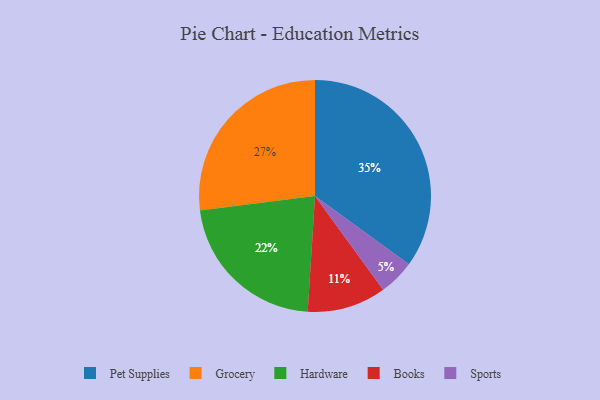
{"axis": {"x": "Category", "y": "Percentage"}, "legend": ["Books", "Grocery", "Hardware", "Pet Supplies", "Sports"], "data": [{"x": "Books", "y": 11, "type": "Books"}, {"x": "Pet Supplies", "y": 35, "type": "Pet Supplies"}, {"x": "Sports", "y": 5, "type": "Sports"}, {"x": "Grocery", "y": 27, "type": "Grocery"}, {"x": "Hardware", "y": 22, "type": "Hardware"}]}